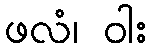
ဖလံ၊ ဝါး